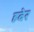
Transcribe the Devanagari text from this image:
हबेर